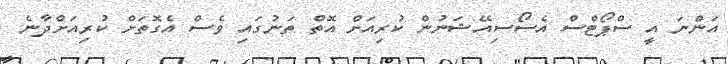
އަންނަ އީ ސްޕޯޓްސް އެސޯސިއޭޝަނުން ކުރިއަށް އޮތް ތަނުގައި ވެސް އެގޮތަށް ކުރިއަށްދާނެ